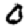
Digit: 0